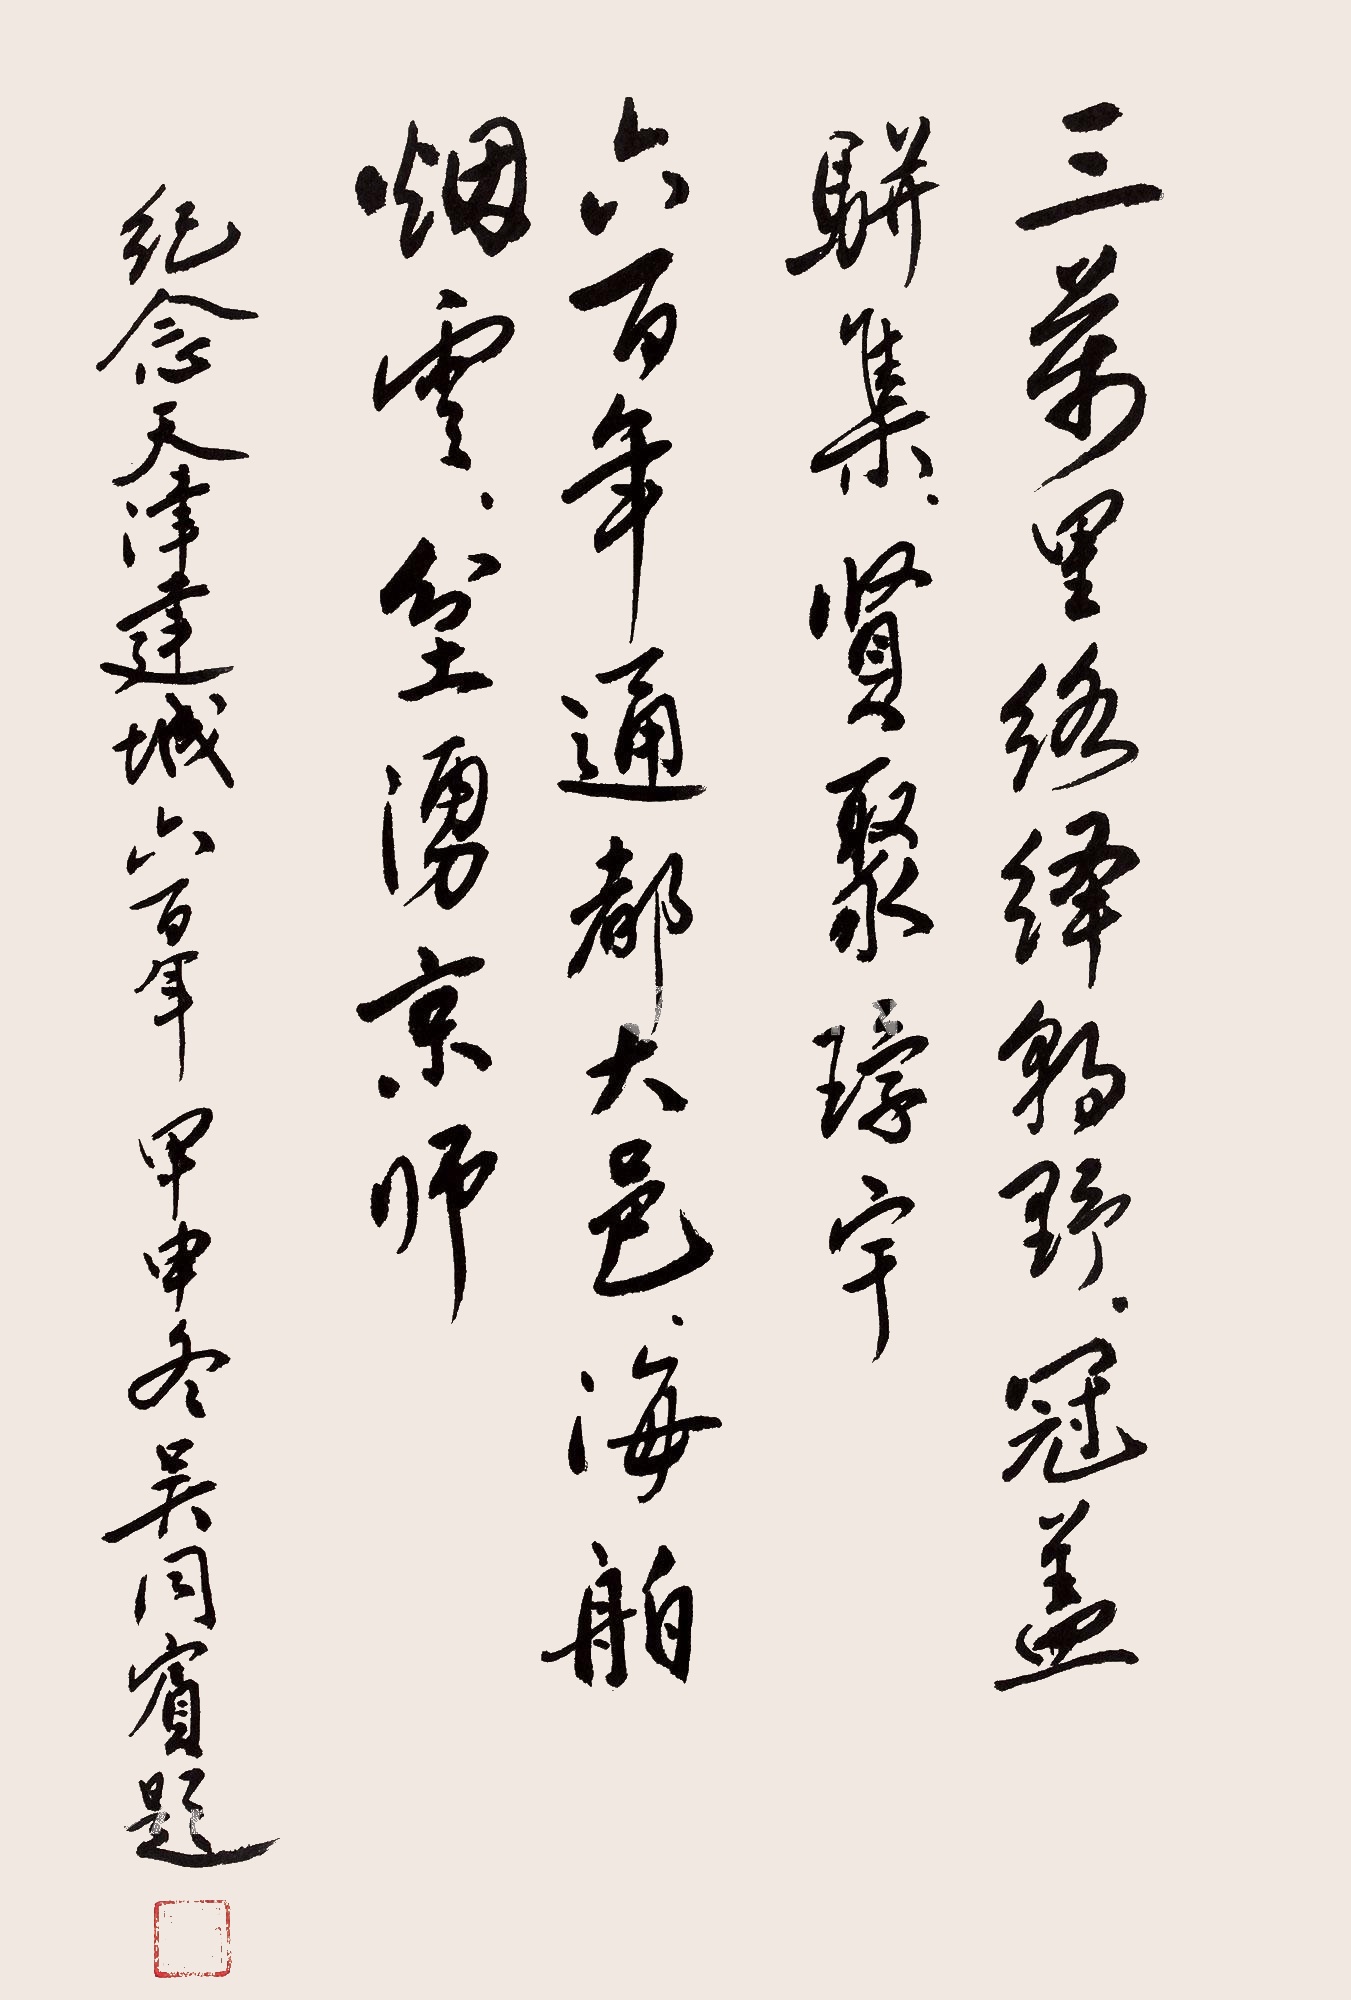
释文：三万里络绎朝野，冠盖骈集，贤聚环宇。六百年通都大邑，海舶烟云，坌涌京师。纪念天津建城六百年，甲申冬吴同宾题。